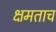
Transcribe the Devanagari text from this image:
क्षमताच